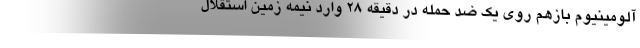
آلومینیوم بازهم روی یک ضد حمله در دقیقه ۲۸ وارد نیمه زمین استقلال